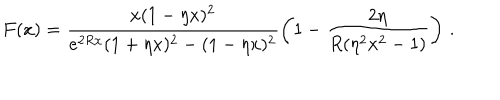
F ( x ) = \frac { x ( 1 - \eta x ) ^ { 2 } } { e ^ { 2 R x } ( 1 + \eta x ) ^ { 2 } - ( 1 - \eta x ) ^ { 2 } } \left( 1 - \frac { 2 \eta } { R ( \eta ^ { 2 } x ^ { 2 } - 1 ) } \right) \, { . }